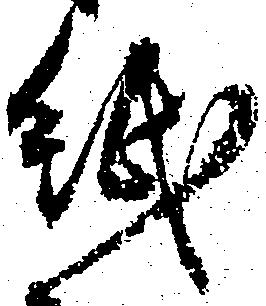
紙